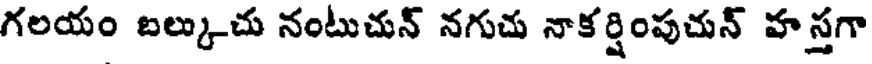
గలయం బల్కుచు నంటుచున్ నగుచు నాకర్షింపుచున్ హస్తగా